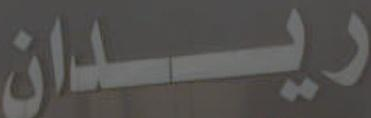
ريدان